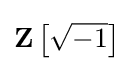
\mathbf {Z} \left[{\sqrt {-1}}\right]